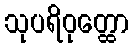
သုပရိဝုတ္ထော